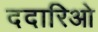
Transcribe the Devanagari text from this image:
ददारिओ